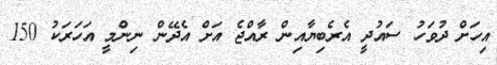
އިހަށް ދުވަހު ސައުދީ އެރެބިޔާއިން ރާއްޖެ އަށް އެދޭން ނިންމީ އަހަރަކު 150